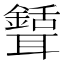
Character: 𦗾